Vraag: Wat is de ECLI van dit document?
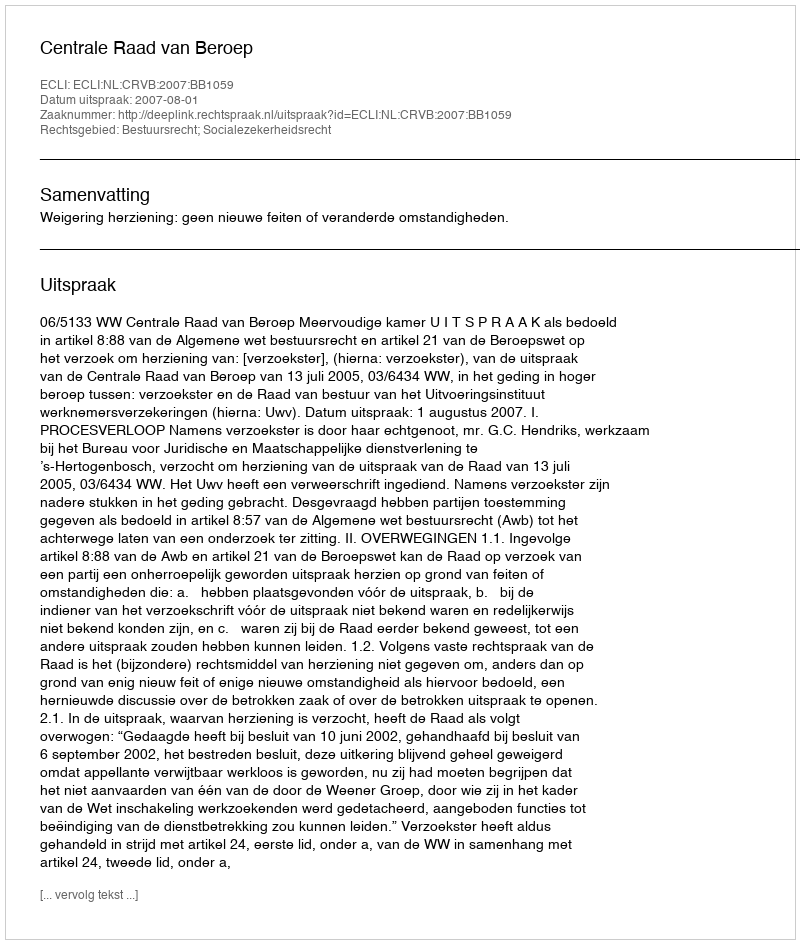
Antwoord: ECLI:NL:CRVB:2007:BB1059